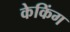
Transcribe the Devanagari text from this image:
केकिंग